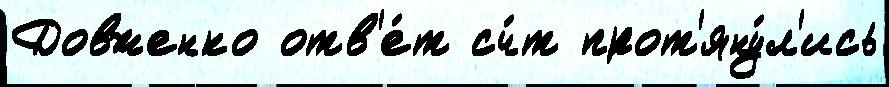
Довженко отв'е́т сч́т прот'яну́л'ись